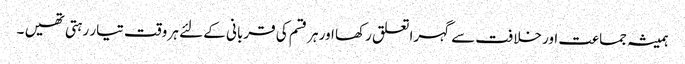
ہمیشہ جماعت اور خلافت سے گہرا تعلق رکھا اور ہر قسم کی قربانی کے لئے ہر وقت تیار رہتی تھیں ۔